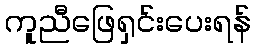
ကူညီဖြေရှင်းပေးရန်